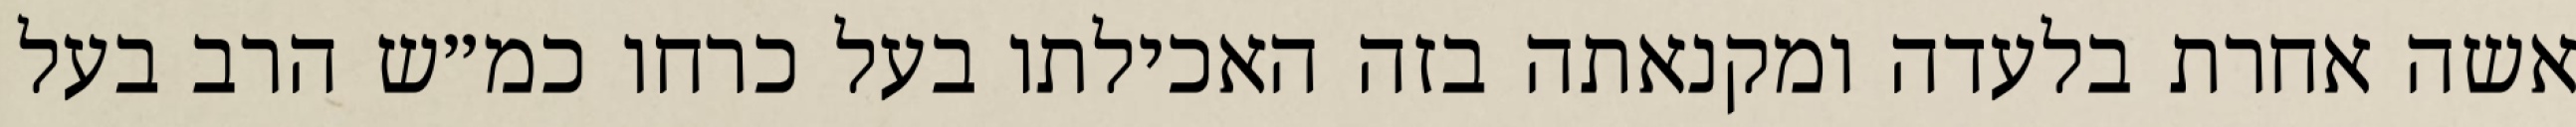
אשה אחרת בלעדה ומקנאתה בזה האכילתו בעל כרחו כמ״ש הרב בעל